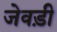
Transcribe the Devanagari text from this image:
जेवड़ी